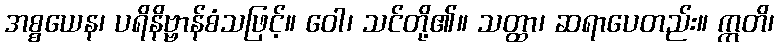
အစ္စယေန၊ ပရိနိဗ္ဗာန်စံသဖြင့်။ ဝေါ၊ သင်တို့၏။ သတ္ထာ၊ ဆရာပေတည်း။ ဣတိ၊